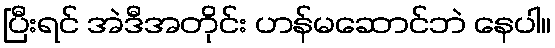
ပြီးရင် အဲဒီအတိုင်း ဟန်မဆောင်ဘဲ နေပါ။